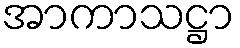
အာကာသဋ္ဌာ